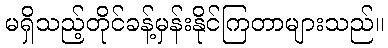
မရှိသည့်တိုင်ခန့်မှန်းနိုင်ကြတာများသည်။